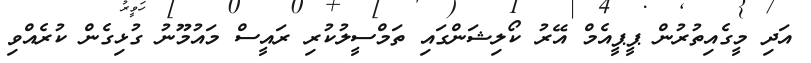
އަދި މީގެއިތުރުން ޕީޕީއެމް އޭރު ކޯލިޝަންގައި ތަމްސީލުކުރި ރައީސް މައުމޫނު ގުޅިގެން ކުރެއްވި